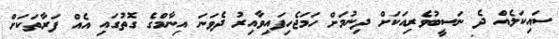
ސައިކަލެއް ދެ ނަސީބުވެރިއަކަށް ދިނުމަށް ހަމަޖެހިފައިވާއިރު ދެވަނަ އިނާމްގެ ގޮތުގައި އެއް ފަރާތަކަށް